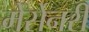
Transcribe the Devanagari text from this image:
मेर्सेनरी